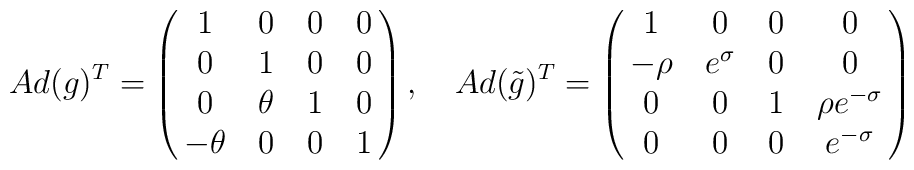
Ad(g)^T=\left ( \matrix{ 1 & 0 & 0 & 0 \cr 0 & 1 & 0 & 0 \cr 0 & \theta  & 1 & 0 \cr -\theta  & 0 & 0 & 1 \cr  }\right),\ \ \ Ad(\tilde{g})^T=\left ( \matrix{ 1 & 0 & 0 & 0 \cr -\rho  & e^{\sigma } & 0 & 0 \cr 0 & 0 & 1 & {\rho }   {e^{-\sigma }} \cr 0 & 0 & 0 & e^{-\sigma } \cr  }\right)